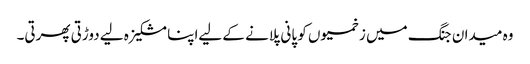
وہ میدان جنگ میں زخمیوں کو پانی پلانے کے لیےاپنا مشکیزہ لیے دوڑتی پھرتی۔